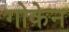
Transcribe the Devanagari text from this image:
गोकेन